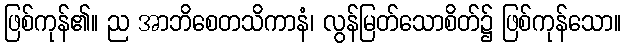
ဖြစ်ကုန်၏။ ည အာဘိစေတသိကာနံ၊ လွန်မြတ်သောစိတ်၌ ဖြစ်ကုန်သော။